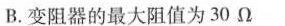
B.变阻器的最大阻值为30Ω